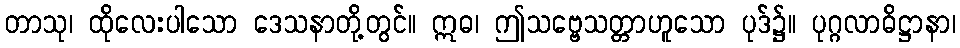
တာသု၊ ထိုလေးပါသော ဒေသနာတို့တွင်။ ဣဓ၊ ဤသဗ္ဗေသတ္တာဟူသော ပုဒ်၌။ ပုဂ္ဂလာဓိဋ္ဌာနာ၊